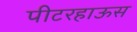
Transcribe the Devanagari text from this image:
पीटरहाऊस